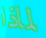
لماذا